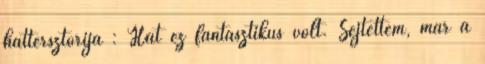
háttérsztorija : Hát ez fantasztikus volt. Sejtettem, már a